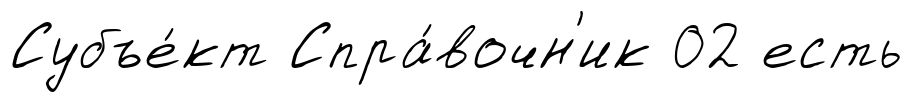
Субъе́кт Спра́вочн'ик 02 есть